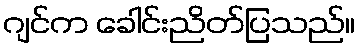
ဂျင်က ခေါင်းညိတ်ပြသည်။